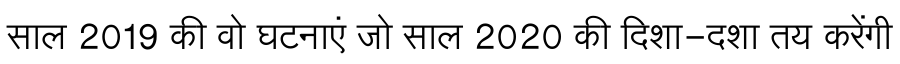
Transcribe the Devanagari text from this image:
साल 2019 की वो घटनाएं जो साल 2020 की दिशा-दशा तय करेंगी